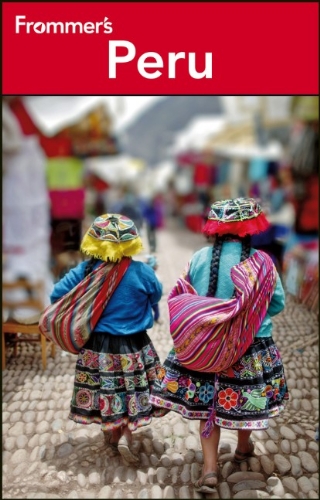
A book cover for Frommer's Peru (Frommer's Complete Guides); Neil Edward Schlecht; Travel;